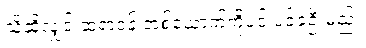
သို့ဆိုလျှင် ဆရာဝန် တစ်ယောက်ကိုပင် ပင့်ခဲ့ဦးမည်။